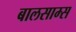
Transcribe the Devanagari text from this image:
बालसाम्स